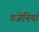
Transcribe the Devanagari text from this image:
गजेनियां